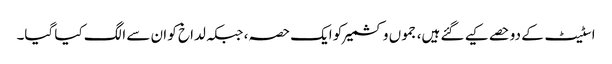
اسٹیٹ کے دوحصے کیے گئے ہیں، جموں وکشمیر کو ایک حصہ، جبکہ لداخ کو ان سے الگ کیا گیا۔